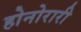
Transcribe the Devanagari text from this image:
होनोरारी